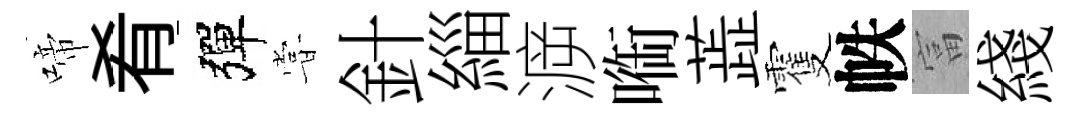
啼肴彈甞針緇㴑㗸蕋䨥帙富綫